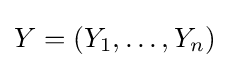
Y=(Y_{1},\dots ,Y_{n})